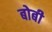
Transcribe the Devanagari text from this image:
बोबी